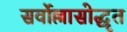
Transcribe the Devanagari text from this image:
सर्वोल्लासोद्धृत